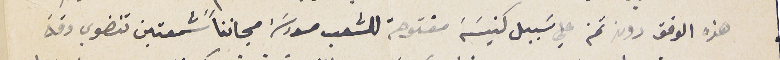
هذه الوقف دون ثمن علي سَبيل كنيسَة مفتوحة للشعب مدرسَة مجانناً شمعتين تنضوي وقة